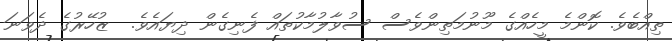
ތިއްބެވެ. ކޮންމެ މީހެއްގެ މޫނުމަތިންވެސް ސުވާލުމާކުތައް ފެނިގެން ދިޔައެވެ.  ޒުހޭރުގެ ދެވަނަ